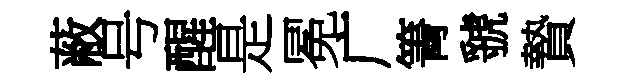
蔽号醒是冕广箐虢贄